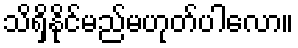
သိရှိနိုင်မည်မဟုတ်ပါလော။